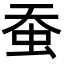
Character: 蚕